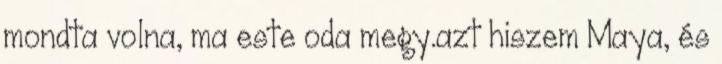
mondta volna, ma este oda megy.azt hiszem Maya, és